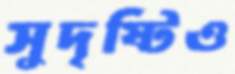
সুদৃষ্টিও